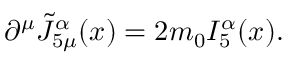
\partial ^ { \mu } \tilde { J } _ { 5 \mu } ^ { \alpha } ( x ) = 2 m _ { 0 } I _ { 5 } ^ { \alpha } ( x ) .